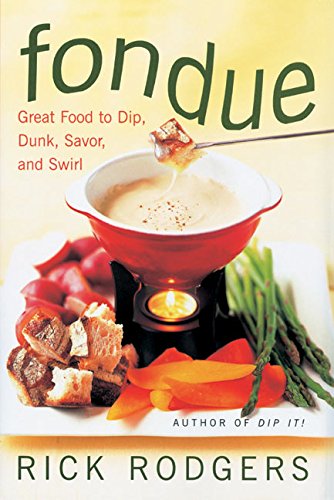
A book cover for Fondue: Great Food To Dip, Dunk, Savor, And Swirl; Rick Rodgers; Cookbooks, Food & Wine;